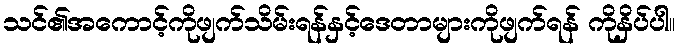
သင်၏အကောင့်ကိုဖျက်သိမ်းရန်နှင့်ဒေတာများကိုဖျက်ရန် ကိုနှိပ်ပါ။